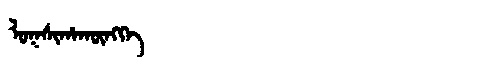
Manchu: ᠯᠣᡴᠰᡳᡥᠠᡴᡡᠩᡤᡝ
Romanization: LOKSIHAKŪNGGE